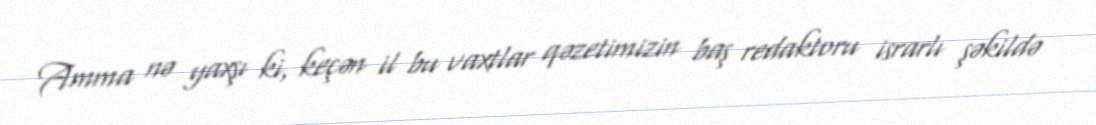
Amma nə yaxşı ki, keçən il bu vaxtlar qəzetimizin baş redaktoru israrlı şəkildə